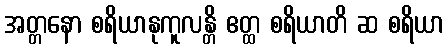
အတ္တနော စရိယာနုကူလန္တိ ဧတ္ထ စရိယာတိ ဆ စရိယာ